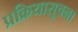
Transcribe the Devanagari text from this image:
प्रक्रियासूचना